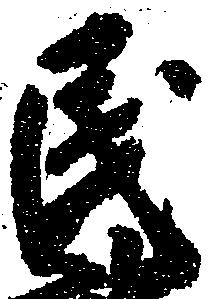
民